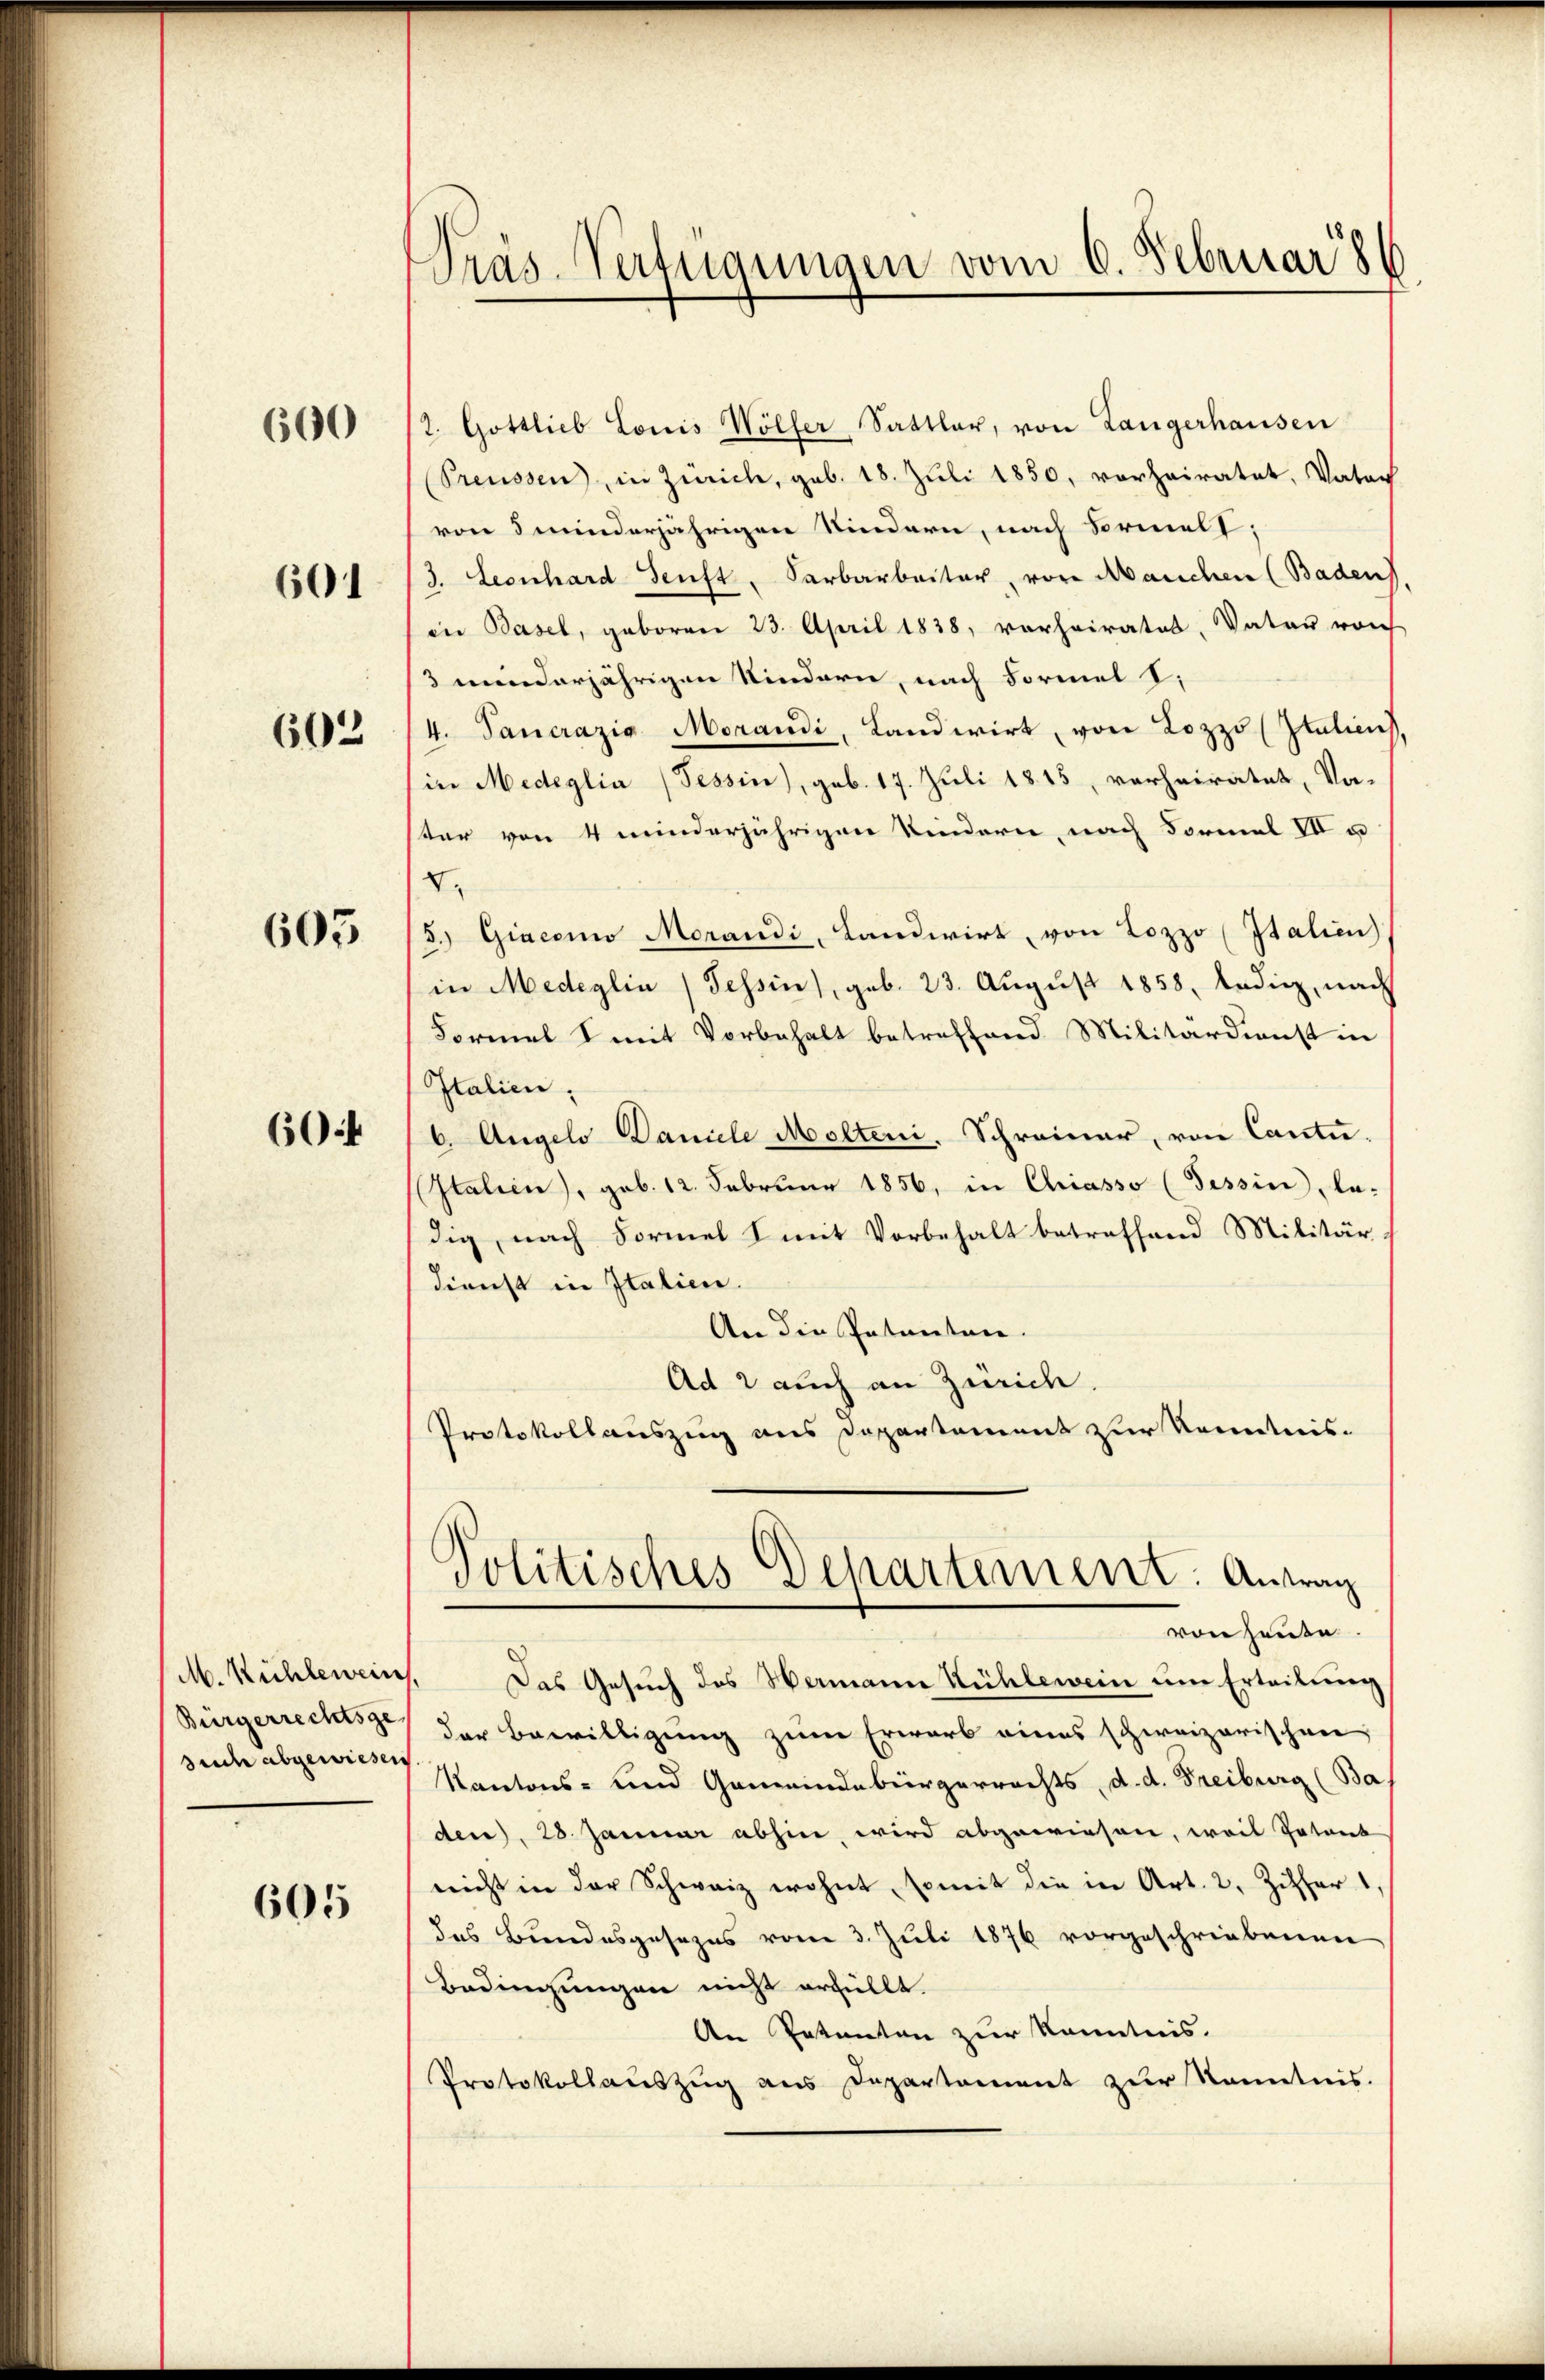
600

601

602

605

604

Bürgerrechtsge
such abgewiesen

605

Präs. Verfügungen vom 6. Februar

2. Gottlieb Louis Wölfer Sattler, von Langerhausen
Preussen, in Zürich, geb. 18. Juli 1850, vorheiratet, Vater
von 5 minderjährigen Kindern, nach Formel;
3. Leonhard Senft, Sarbarbeiter, von Manchen (Baden
in Basel, geboren 23. April 1838, vorheirates, Vater von
3 minderjährigen Kindern, nach Formel V
4. Pancrazio Morandi, Landwirt, von Lozzo (Italiens
in Medeglia (Tessin, geb. 17. Juli 1815, verheiratet, Vaster von 4 minderjährigen Kindern, nach Formel II u
V.
5. Giacono Merandi, Landwirt, von Lozzo (Italien)
in Medeglin (Tessin, geb. 23. August 1858, ledig, nach
Formel mit Vorbehalt betreffend Militärdienst in
Italien,
6. Angelo Daniele Molten. Schreiner, von Canti-
Italien), geb. 12. Februar 1856, in Chiasso (Tessin, la-
dig, nach Formel 1 mit Vorbehalt betreffend Militär
dienst in Italien.
An die Petenten.
Ad 2 auch an Zürich.
Protokollauszug aus Departament zur Kenntnis-
Politisches Departement: Antrag
von heute.
M. Kühlewein. Das Gesuch des Hermann Kühlewein um Erteilung
der Bewilligung zum Erwarb eines schweizerischen
Kantons- und Gemeindebürgerrechts, d. d. Freiburg (Ba
den), 28. Januar abhin, wird abgewiesen, weil Patent
nicht in der Schweiz wohnt, somit die in Art. 2, Ziffer 1.
das Bundesgesezes vom 3. Juli 1876 vorgeschriebenen
Bedingungen nicht erfüllt.
An Petenten zur Kenntnis.
Protokollaŭszŭg ans Departament zŭr Kenntnis.